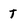
Character: t